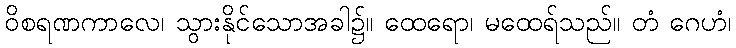
ဝိစရဏကာလေ၊ သွားနိုင်သောအခါ၌။ ထေရော၊ မထေရ်သည်။ တံ ဂေဟံ၊